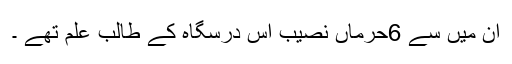
ان میں سے 6حرماں نصیب اس درسگاہ کے طالب علم تھے ۔